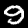
Label: 9